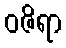
ဝဇိရာ